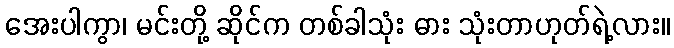
အေးပါကွာ၊ မင်းတို့ ဆိုင်က တစ်ခါသုံး ဓား သုံးတာဟုတ်ရဲ့လား။